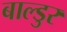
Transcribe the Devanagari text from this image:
बाल्डुर